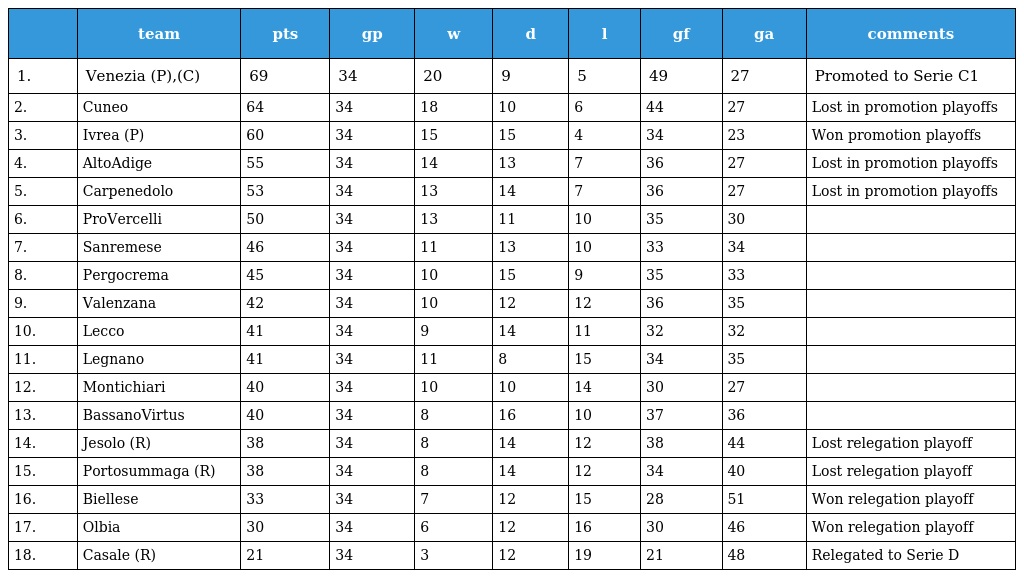
|  | team | pts | gp | w | d | l | gf | ga | comments |
 | --- | --- | --- | --- | --- | --- | --- | --- | --- | --- |
 | 1. | Venezia (P),(C) | 69 | 34 | 20 | 9 | 5 | 49 | 27 | Promoted to Serie C1 |
 | 2. | Cuneo | 64 | 34 | 18 | 10 | 6 | 44 | 27 | Lost in promotion playoffs |
 | 3. | Ivrea (P) | 60 | 34 | 15 | 15 | 4 | 34 | 23 | Won promotion playoffs |
 | 4. | AltoAdige | 55 | 34 | 14 | 13 | 7 | 36 | 27 | Lost in promotion playoffs |
 | 5. | Carpenedolo | 53 | 34 | 13 | 14 | 7 | 36 | 27 | Lost in promotion playoffs |
 | 6. | ProVercelli | 50 | 34 | 13 | 11 | 10 | 35 | 30 |  |
 | 7. | Sanremese | 46 | 34 | 11 | 13 | 10 | 33 | 34 |  |
 | 8. | Pergocrema | 45 | 34 | 10 | 15 | 9 | 35 | 33 |  |
 | 9. | Valenzana | 42 | 34 | 10 | 12 | 12 | 36 | 35 |  |
 | 10. | Lecco | 41 | 34 | 9 | 14 | 11 | 32 | 32 |  |
 | 11. | Legnano | 41 | 34 | 11 | 8 | 15 | 34 | 35 |  |
 | 12. | Montichiari | 40 | 34 | 10 | 10 | 14 | 30 | 27 |  |
 | 13. | BassanoVirtus | 40 | 34 | 8 | 16 | 10 | 37 | 36 |  |
 | 14. | Jesolo (R) | 38 | 34 | 8 | 14 | 12 | 38 | 44 | Lost relegation playoff |
 | 15. | Portosummaga (R) | 38 | 34 | 8 | 14 | 12 | 34 | 40 | Lost relegation playoff |
 | 16. | Biellese | 33 | 34 | 7 | 12 | 15 | 28 | 51 | Won relegation playoff |
 | 17. | Olbia | 30 | 34 | 6 | 12 | 16 | 30 | 46 | Won relegation playoff |
 | 18. | Casale (R) | 21 | 34 | 3 | 12 | 19 | 21 | 48 | Relegated to Serie D |